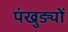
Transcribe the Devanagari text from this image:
पंखुङ्यों